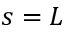
s = L